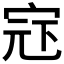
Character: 𪧍